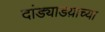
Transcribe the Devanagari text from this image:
दांड्याडय़ाच्या